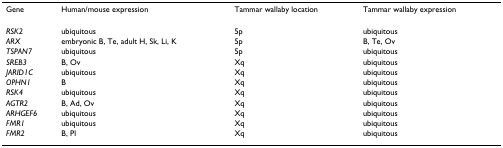
<table><thead><tr><td><b>Gene</b></td><td><b>Human/mouse expression</b></td><td><b>Tammar wallaby location</b></td><td><b>Tammar wallaby expression</b></td></tr></thead><tbody><tr><td><i>RSK2</i></td><td>ubiquitous</td><td>5p</td><td>ubiquitous</td></tr><tr><td><i>ARX</i></td><td>embryonic B, Te, adult H, Sk, Li, K</td><td>5p</td><td>B, Te, Ov</td></tr><tr><td><i>TSPAN7</i></td><td>ubiquitous</td><td>5p</td><td>ubiquitous</td></tr><tr><td><i>SREB3</i></td><td>B, Ov</td><td>Xq</td><td>ubiquitous</td></tr><tr><td><i>JARID1C</i></td><td>ubiquitous</td><td>Xq</td><td>ubiquitous</td></tr><tr><td><i>OPHN1</i></td><td>B</td><td>Xq</td><td>ubiquitous</td></tr><tr><td><i>RSK4</i></td><td>ubiquitous</td><td>Xq</td><td>ubiquitous</td></tr><tr><td><i>AGTR2</i></td><td>B, Ad, Ov</td><td>Xq</td><td>ubiquitous</td></tr><tr><td><i>ARHGEF6</i></td><td>ubiquitous</td><td>Xq</td><td>ubiquitous</td></tr><tr><td><i>FMR1</i></td><td>ubiquitous</td><td>Xq</td><td>ubiquitous</td></tr><tr><td><i>FMR2</i></td><td>B, Pl</td><td>Xq</td><td>ubiquitous</td></tr></tbody></table>